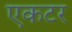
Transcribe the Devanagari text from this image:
एकटर